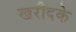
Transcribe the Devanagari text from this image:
खरीदके